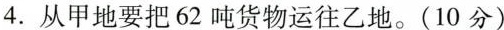
4.从甲地要把62吨货物运往乙地。(10分)